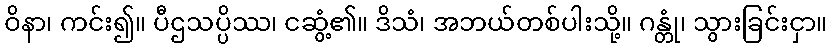
ဝိနာ၊ ကင်း၍။ ပီဌသပ္ပိဿ၊ ငဆွံ့၏။ ဒိသံ၊ အဘယ်တစ်ပါးသို့။ ဂန္တုံ၊ သွားခြင်းငှာ။